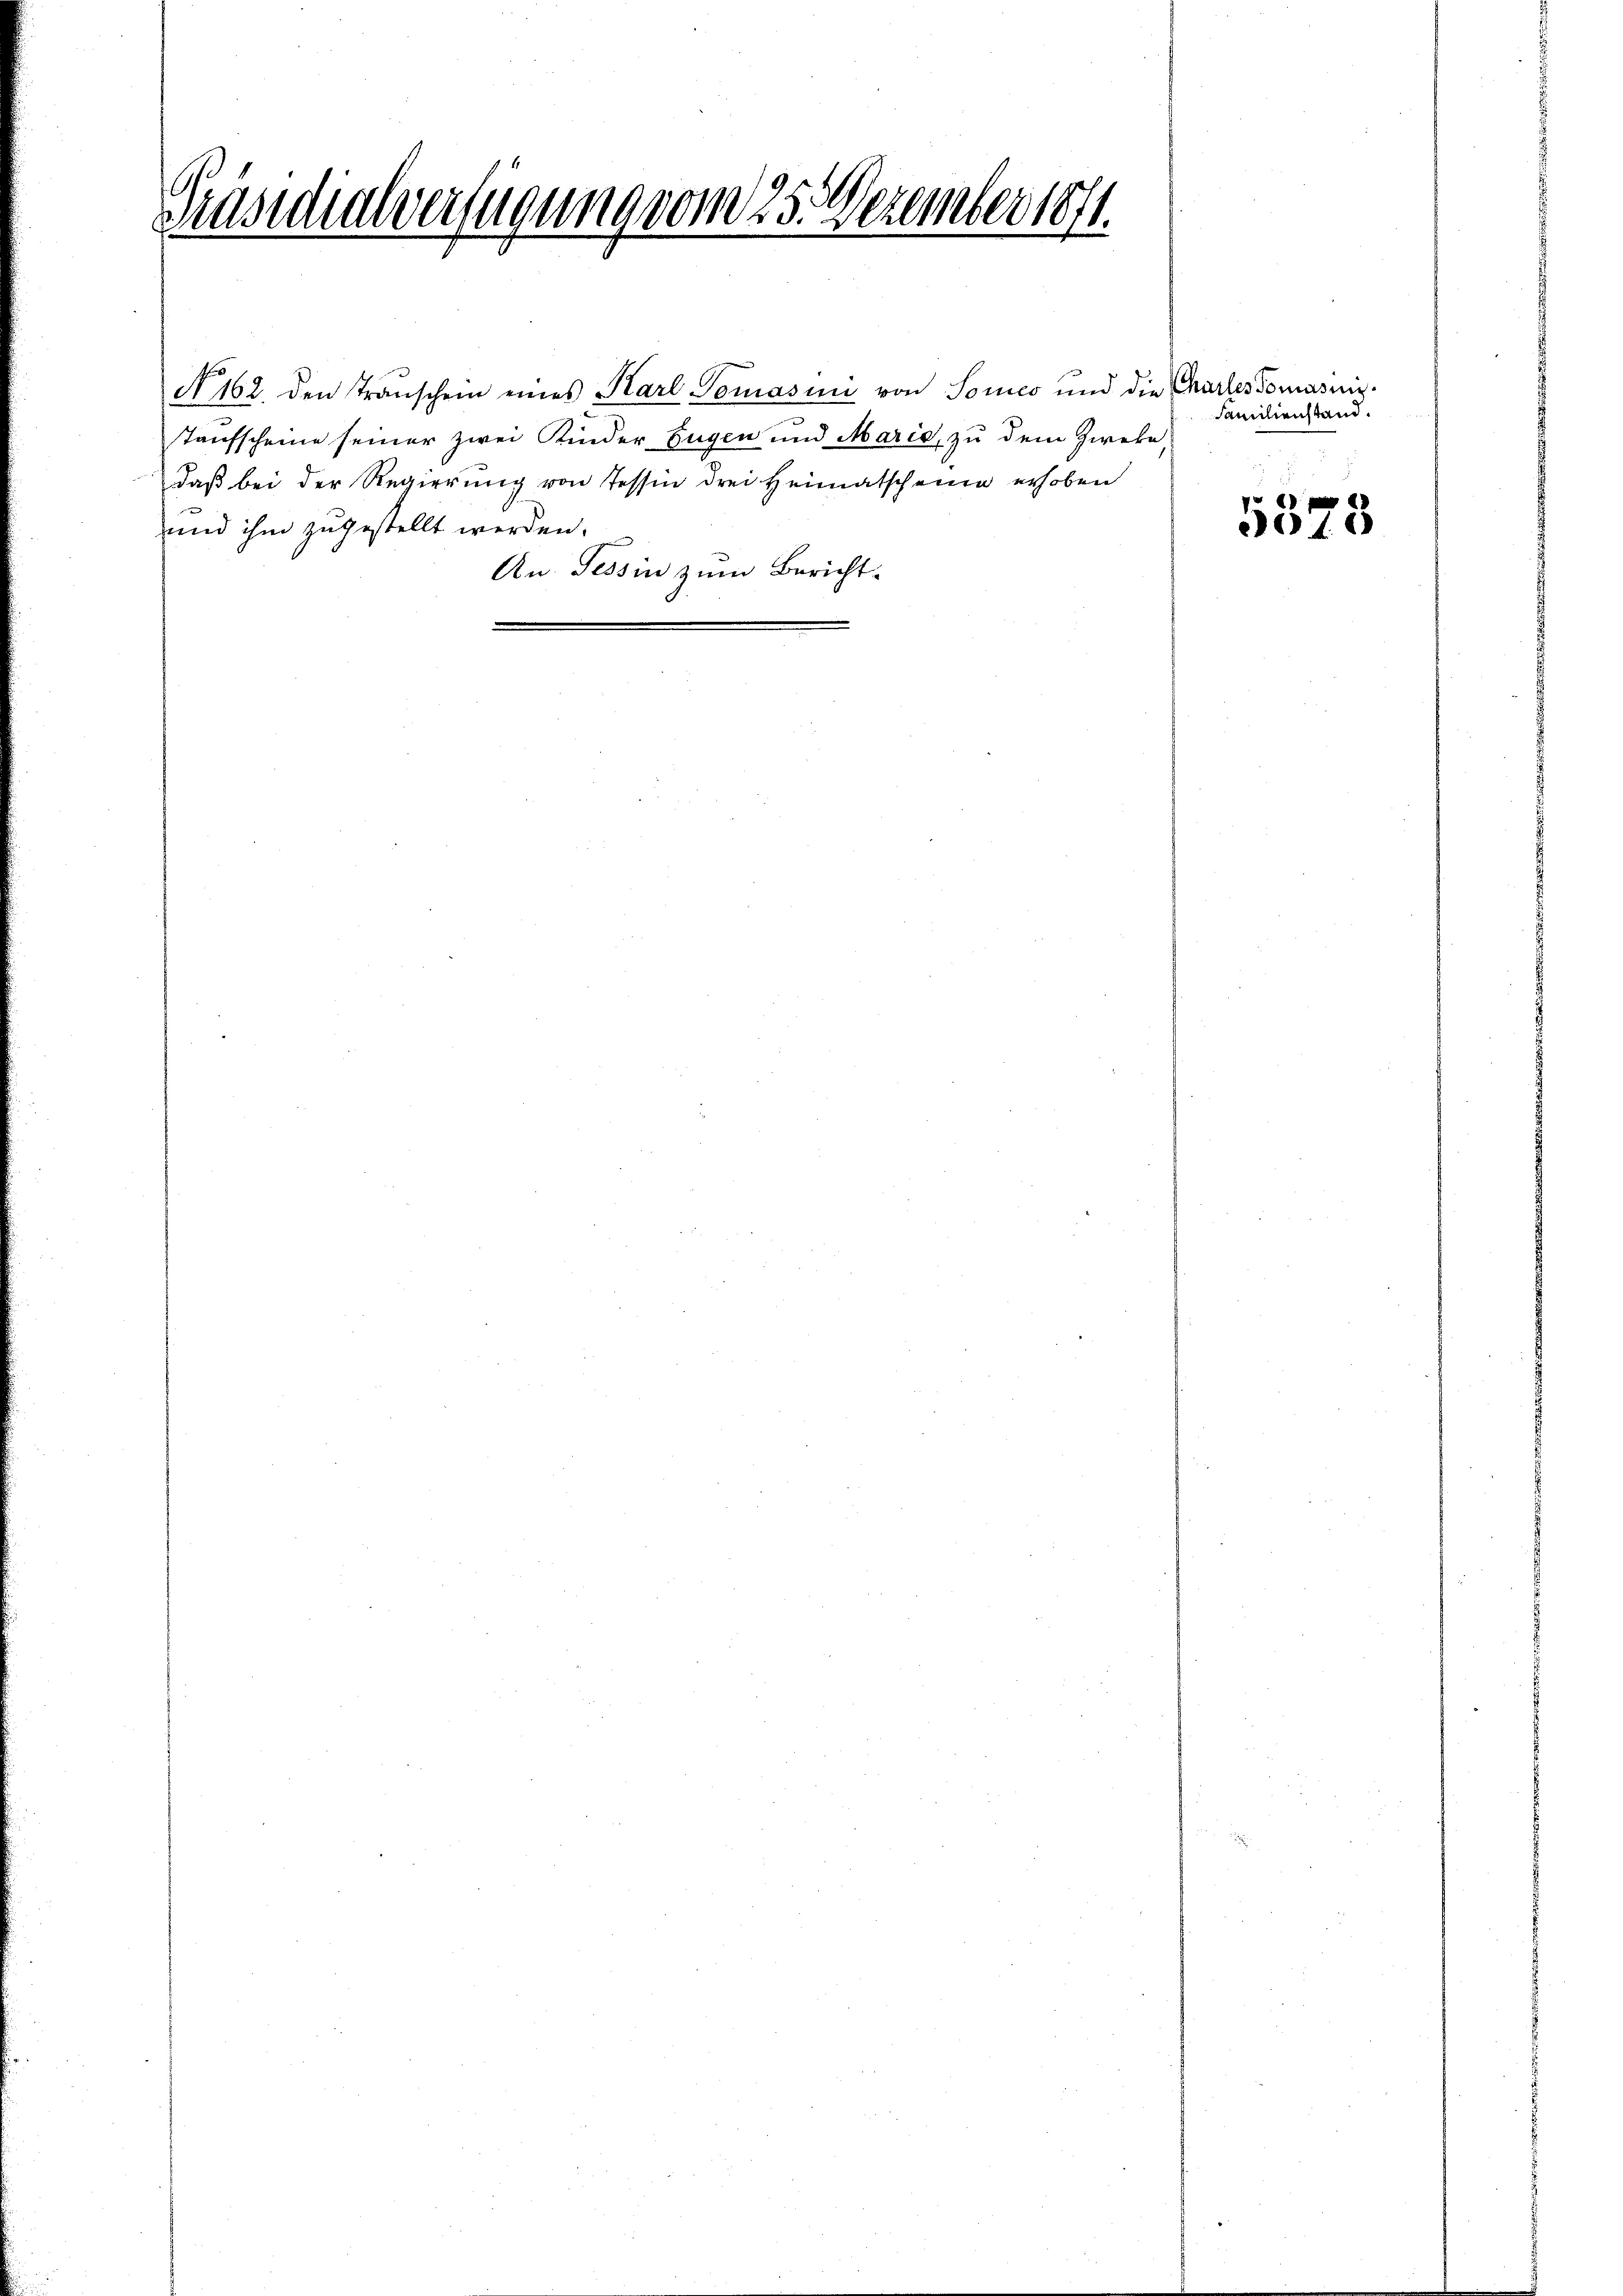
Präsidialverfügung vom 25. Dezember 1871.

No. 162. den Transchein eines Karl Tomasini von Sores und die Chartes Tomasinis¬
Taufscheine seiner zwei Kinder Eugen und Marie, zu dem Zweke,
daß bei der Regierung von Tessin drei Heimatscheine erhoben
und ihm zugestellt werden.
An Tessin zum Bericht.

Familienstand.

5575